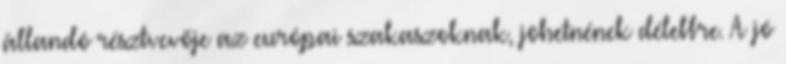
állandó résztvevője az európai szakaszoknak, jöhetnének délebbre. A jó